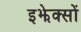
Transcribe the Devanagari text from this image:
इझेक्सों